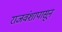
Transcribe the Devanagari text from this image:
राजवंशापासून